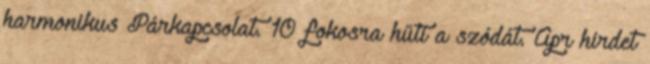
harmonikus Párkapcsolat. 10 fokosra hűti a szódát. Apr hirdet